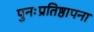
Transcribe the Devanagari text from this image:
पुनःप्रतिष्ठापना